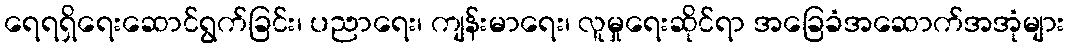
ရေရရှိရေးဆောင်ရွက်ခြင်း၊ ပညာရေး၊ ကျန်းမာရေး၊ လူမှုရေးဆိုင်ရာ အခြေခံအဆောက်အအုံများ